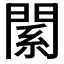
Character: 𨵆